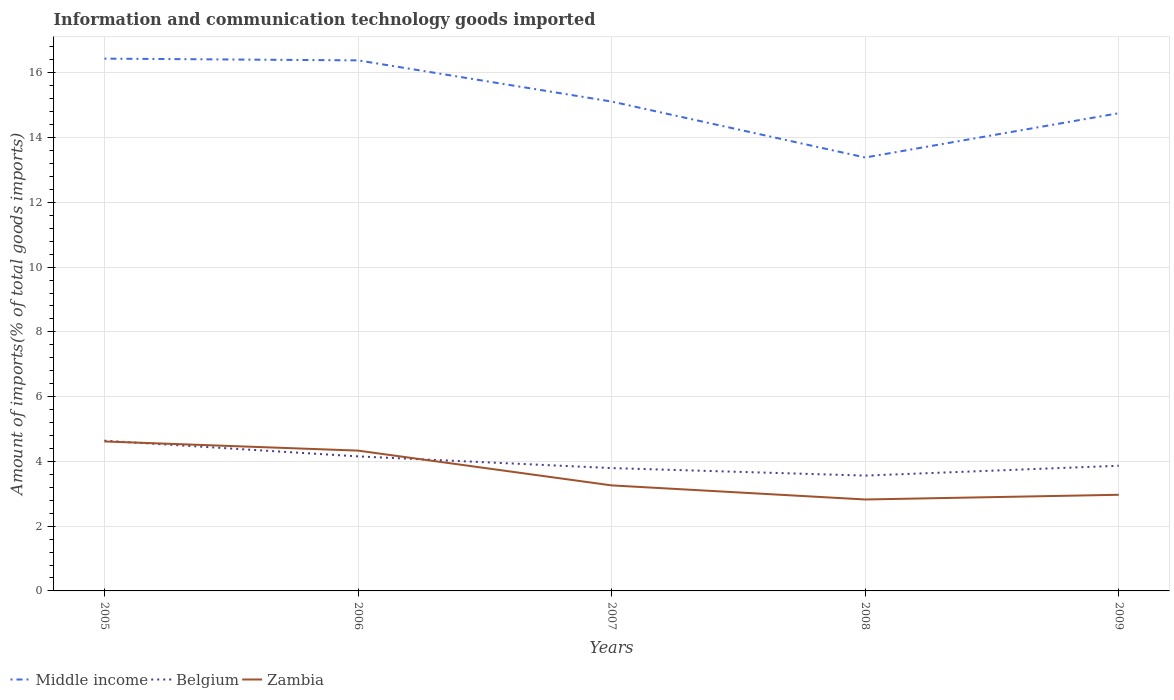
| Years | Middle income | Belgium | Zambia |
 | --- | --- | --- | --- |
 | 2005 | 16.4 | 4.64 | 4.62 |
 | 2006 | 16.4 | 4.15 | 4.33 |
 | 2007 | 15.1 | 3.79 | 3.26 |
 | 2008 | 13.4 | 3.56 | 2.82 |
 | 2009 | 14.8 | 3.87 | 2.97 |